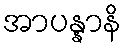
အာပန္နာနိ